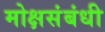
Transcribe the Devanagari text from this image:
मोक्षसंबंधी